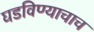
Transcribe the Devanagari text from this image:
घडविण्याचाच